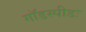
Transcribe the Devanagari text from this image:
गॉडस्पीडः